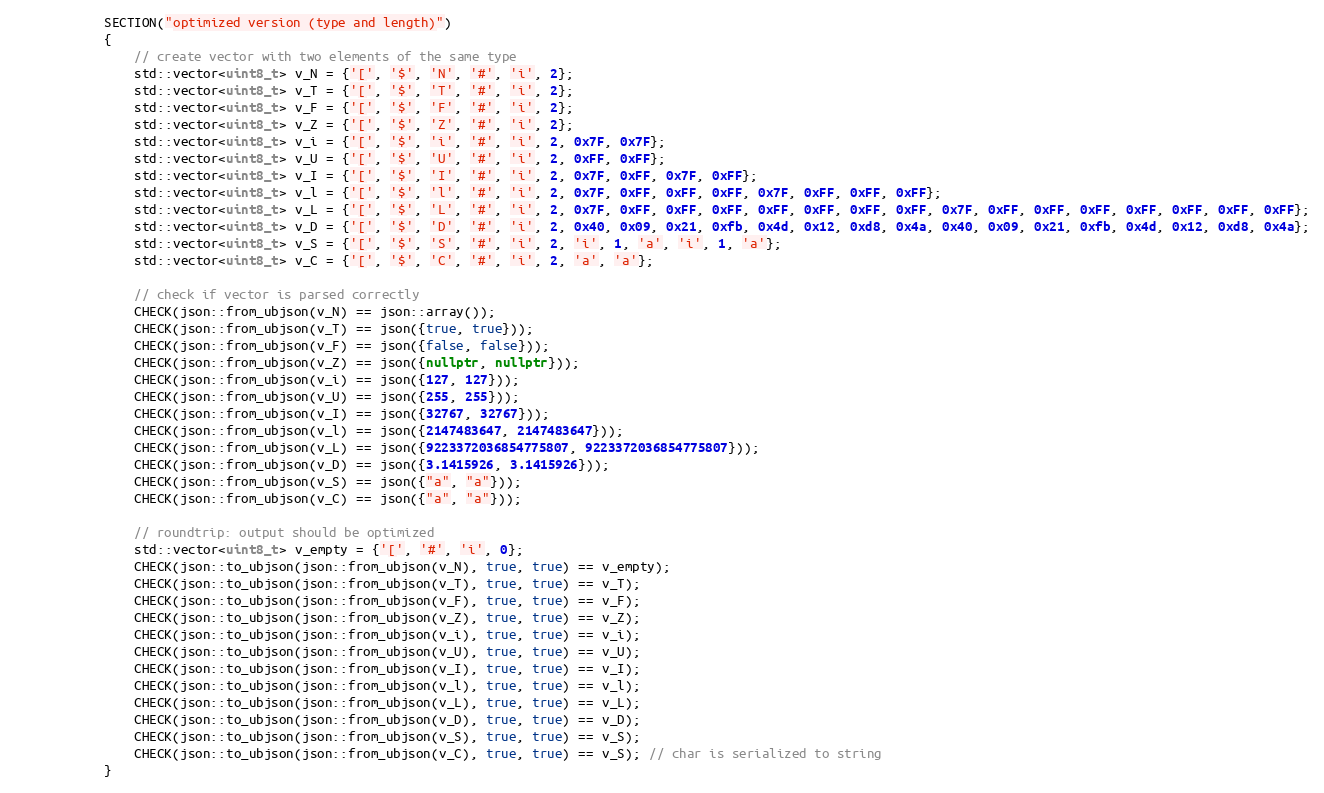
Language: C++
            SECTION("optimized version (type and length)")
            {
                // create vector with two elements of the same type
                std::vector<uint8_t> v_N = {'[', '$', 'N', '#', 'i', 2};
                std::vector<uint8_t> v_T = {'[', '$', 'T', '#', 'i', 2};
                std::vector<uint8_t> v_F = {'[', '$', 'F', '#', 'i', 2};
                std::vector<uint8_t> v_Z = {'[', '$', 'Z', '#', 'i', 2};
                std::vector<uint8_t> v_i = {'[', '$', 'i', '#', 'i', 2, 0x7F, 0x7F};
                std::vector<uint8_t> v_U = {'[', '$', 'U', '#', 'i', 2, 0xFF, 0xFF};
                std::vector<uint8_t> v_I = {'[', '$', 'I', '#', 'i', 2, 0x7F, 0xFF, 0x7F, 0xFF};
                std::vector<uint8_t> v_l = {'[', '$', 'l', '#', 'i', 2, 0x7F, 0xFF, 0xFF, 0xFF, 0x7F, 0xFF, 0xFF, 0xFF};
                std::vector<uint8_t> v_L = {'[', '$', 'L', '#', 'i', 2, 0x7F, 0xFF, 0xFF, 0xFF, 0xFF, 0xFF, 0xFF, 0xFF, 0x7F, 0xFF, 0xFF, 0xFF, 0xFF, 0xFF, 0xFF, 0xFF};
                std::vector<uint8_t> v_D = {'[', '$', 'D', '#', 'i', 2, 0x40, 0x09, 0x21, 0xfb, 0x4d, 0x12, 0xd8, 0x4a, 0x40, 0x09, 0x21, 0xfb, 0x4d, 0x12, 0xd8, 0x4a};
                std::vector<uint8_t> v_S = {'[', '$', 'S', '#', 'i', 2, 'i', 1, 'a', 'i', 1, 'a'};
                std::vector<uint8_t> v_C = {'[', '$', 'C', '#', 'i', 2, 'a', 'a'};

                // check if vector is parsed correctly
                CHECK(json::from_ubjson(v_N) == json::array());
                CHECK(json::from_ubjson(v_T) == json({true, true}));
                CHECK(json::from_ubjson(v_F) == json({false, false}));
                CHECK(json::from_ubjson(v_Z) == json({nullptr, nullptr}));
                CHECK(json::from_ubjson(v_i) == json({127, 127}));
                CHECK(json::from_ubjson(v_U) == json({255, 255}));
                CHECK(json::from_ubjson(v_I) == json({32767, 32767}));
                CHECK(json::from_ubjson(v_l) == json({2147483647, 2147483647}));
                CHECK(json::from_ubjson(v_L) == json({9223372036854775807, 9223372036854775807}));
                CHECK(json::from_ubjson(v_D) == json({3.1415926, 3.1415926}));
                CHECK(json::from_ubjson(v_S) == json({"a", "a"}));
                CHECK(json::from_ubjson(v_C) == json({"a", "a"}));

                // roundtrip: output should be optimized
                std::vector<uint8_t> v_empty = {'[', '#', 'i', 0};
                CHECK(json::to_ubjson(json::from_ubjson(v_N), true, true) == v_empty);
                CHECK(json::to_ubjson(json::from_ubjson(v_T), true, true) == v_T);
                CHECK(json::to_ubjson(json::from_ubjson(v_F), true, true) == v_F);
                CHECK(json::to_ubjson(json::from_ubjson(v_Z), true, true) == v_Z);
                CHECK(json::to_ubjson(json::from_ubjson(v_i), true, true) == v_i);
                CHECK(json::to_ubjson(json::from_ubjson(v_U), true, true) == v_U);
                CHECK(json::to_ubjson(json::from_ubjson(v_I), true, true) == v_I);
                CHECK(json::to_ubjson(json::from_ubjson(v_l), true, true) == v_l);
                CHECK(json::to_ubjson(json::from_ubjson(v_L), true, true) == v_L);
                CHECK(json::to_ubjson(json::from_ubjson(v_D), true, true) == v_D);
                CHECK(json::to_ubjson(json::from_ubjson(v_S), true, true) == v_S);
                CHECK(json::to_ubjson(json::from_ubjson(v_C), true, true) == v_S); // char is serialized to string
            }